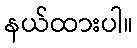
နယ်ထားပါ။